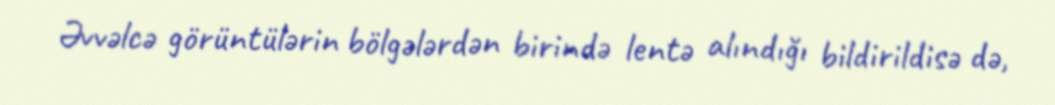
Əvvəlcə görüntülərin bölgələrdən birində lentə alındığı bildirildisə də,